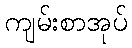
ကျမ်းစာအုပ်